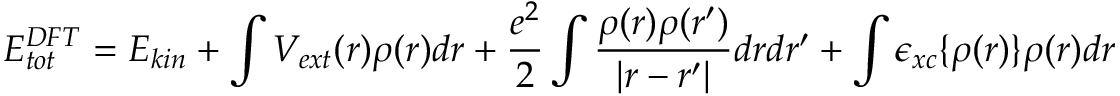
E _ { t o t } ^ { D F T } = E _ { k i n } + \int V _ { e x t } ( r ) \rho ( r ) d r + \frac { e ^ { 2 } } { 2 } \int \frac { \rho ( r ) \rho ( r ^ { \prime } ) } { | r - r ^ { \prime } | } d r d r ^ { \prime } + \int \epsilon _ { x c } \{ \rho ( r ) \} \rho ( r ) d r